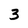
Character: 3